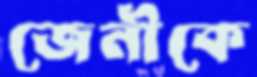
জেনীকে